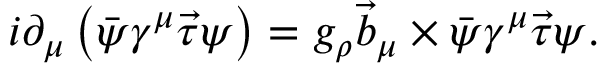
i \partial _ { \mu } \left( \bar { \psi } \gamma ^ { \mu } { \vec { \tau } } \psi \right) = g _ { \rho } { \vec { b } } _ { \mu } \times \bar { \psi } \gamma ^ { \mu } { \vec { \tau } } \psi .